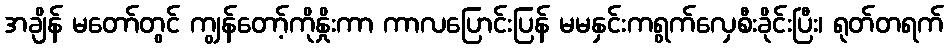
အချိန် မတော်တွင် ကျွန်တော့်ကိုနှိုးကာ ကာလပြောင်းပြန် မမနှင်းကရွက်လှေစီးခိုင်းပြီး၊ ရုတ်တရက်